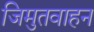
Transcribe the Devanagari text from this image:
जिमुतवाहन